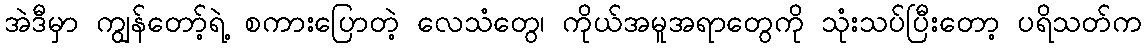
အဲဒီမှာ ကျွန်တော့်ရဲ့ စကားပြောတဲ့ လေသံတွေ၊ ကိုယ်အမူအရာတွေကို သုံးသပ်ပြီးတော့ ပရိသတ်က